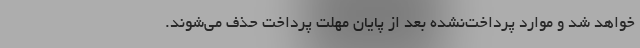
خواهد شد و موارد پرداخت‌نشده بعد از پایان مهلت پرداخت حذف می‌شوند.